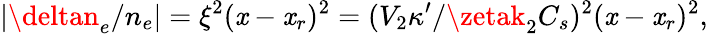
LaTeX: |\deltan_{e}/n_{e}|=\xi^{2}(\mathit{x}-\mathit{x}_{r})^{2}=(V_{2}\kappa^{\prime}/\zetak_{2}C_{s})^{2}(\mathit{x}-\mathit{x}_{r})^{2},